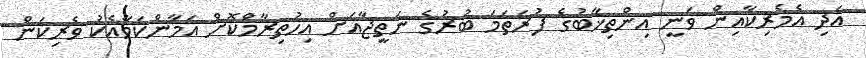
އަދި އެމެރިކާއިން ވަނީ އިންތިޚާބުގެ ފުރަތަމަ ބުރުގެ ނަތީޖާއަށް އިހުތިރާމްކޮށް އަމާންކަމާއެކު ވެރިކަން